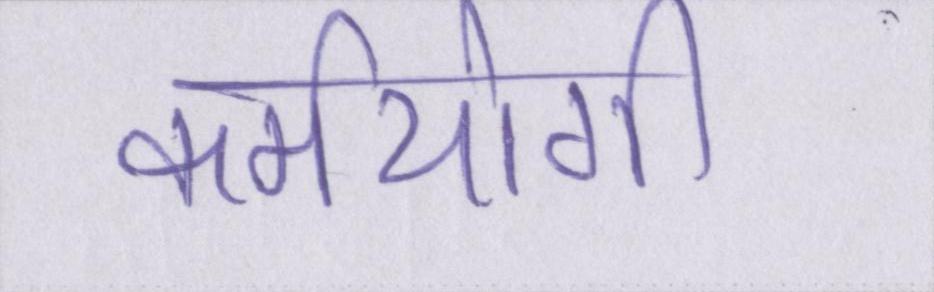
कर्मयोगी